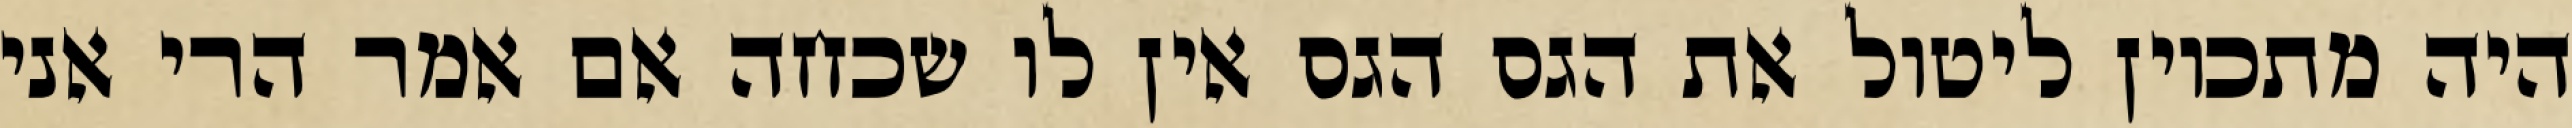
היה מתכוין ליטול את הגס הגס אין לו שכחה אם אמר הרי אני